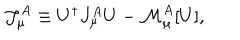
{ \mathcal J } _ { \mu } ^ { A } \equiv U ^ { \dagger } J _ { \mu } ^ { A } U - { \mathcal M } _ { \mu } ^ { A } [ U ] ,